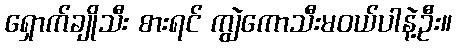
ရှောက်ချိုသီး စားရင် ကျွဲကောသီးမဝယ်ပါနဲ့ဦး။